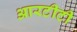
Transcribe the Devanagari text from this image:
आरटीटी